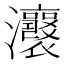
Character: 𤅭